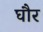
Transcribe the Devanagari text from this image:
घौर